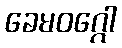
ခေမဝဂ္ဂေါ